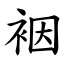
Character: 裀